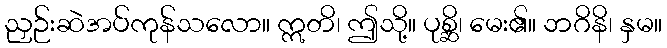
ညှဉ်းဆဲအပ်ကုန်သလော။ ဣတိ၊ ဤသို့။ ပုစ္ဆိ၊ မေး၏။ ဘဂိနိ၊ နှမ။